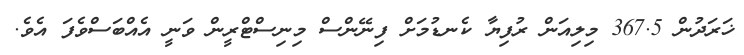
ޚަރަދުން 367.5 މިލިއަން ރުފިޔާ ކެނޑުމަށް ފިނޭންސް މިނިސްޓްރީން ވަނީ އެއްބަސްވެފަ އެވެ.